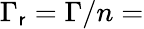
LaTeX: \Gamma_{\mathsf{r}}=\Gamma/n=